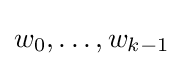
w_{0},\ldots ,w_{k-1}